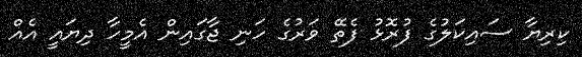
ކިރިޔާ ސައިކަލުގެ ފުރޮޅު ފެތޭ ވަރުގެ ހަނި ޖާގައިން އެމީހާ ދިޔައީ އެއް